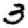
Digit: 3